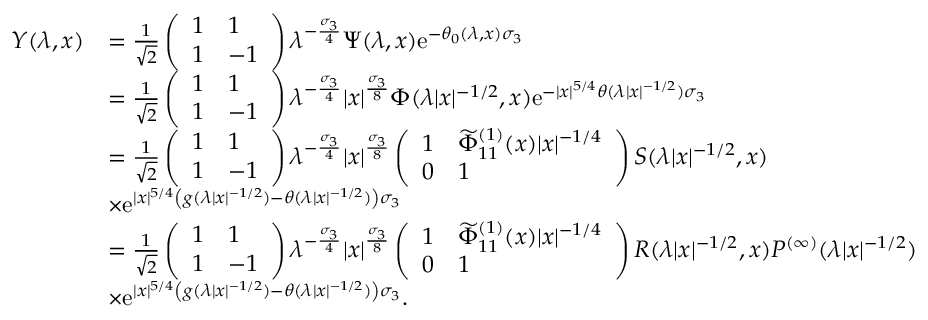
\begin{array} { r l } { Y ( \lambda , x ) } & { = \frac { 1 } { \sqrt { 2 } } \left( \begin{array} { l l } { 1 } & { 1 } \\ { 1 } & { - 1 } \end{array} \right) \lambda ^ { - \frac { \sigma _ { 3 } } { 4 } } \Psi ( \lambda , x ) \mathrm { e } ^ { - \theta _ { 0 } ( \lambda , x ) \sigma _ { 3 } } } \\ & { = \frac { 1 } { \sqrt { 2 } } \left( \begin{array} { l l } { 1 } & { 1 } \\ { 1 } & { - 1 } \end{array} \right) \lambda ^ { - \frac { \sigma _ { 3 } } { 4 } } | x | ^ { \frac { \sigma _ { 3 } } { 8 } } \Phi ( \lambda | x | ^ { - 1 / 2 } , x ) \mathrm { e } ^ { - | x | ^ { 5 / 4 } \theta ( \lambda | x | ^ { - 1 / 2 } ) \sigma _ { 3 } } } \\ & { = \frac { 1 } { \sqrt { 2 } } \left( \begin{array} { l l } { 1 } & { 1 } \\ { 1 } & { - 1 } \end{array} \right) \lambda ^ { - \frac { \sigma _ { 3 } } { 4 } } | x | ^ { \frac { \sigma _ { 3 } } { 8 } } \left( \begin{array} { l l } { 1 } & { \widetilde { \Phi } _ { 1 1 } ^ { ( 1 ) } ( x ) | x | ^ { - 1 / 4 } } \\ { 0 } & { 1 } \end{array} \right) S ( \lambda | x | ^ { - 1 / 2 } , x ) } \\ & { \times \mathrm { e } ^ { | x | ^ { 5 / 4 } \left( g ( \lambda | x | ^ { - 1 / 2 } ) - \theta ( \lambda | x | ^ { - 1 / 2 } ) \right) \sigma _ { 3 } } } \\ & { = \frac { 1 } { \sqrt { 2 } } \left( \begin{array} { l l } { 1 } & { 1 } \\ { 1 } & { - 1 } \end{array} \right) \lambda ^ { - \frac { \sigma _ { 3 } } { 4 } } | x | ^ { \frac { \sigma _ { 3 } } { 8 } } \left( \begin{array} { l l } { 1 } & { \widetilde { \Phi } _ { 1 1 } ^ { ( 1 ) } ( x ) | x | ^ { - 1 / 4 } } \\ { 0 } & { 1 } \end{array} \right) R ( \lambda | x | ^ { - 1 / 2 } , x ) P ^ { ( \infty ) } ( \lambda | x | ^ { - 1 / 2 } ) } \\ & { \times \mathrm { e } ^ { | x | ^ { 5 / 4 } \left( g ( \lambda | x | ^ { - 1 / 2 } ) - \theta ( \lambda | x | ^ { - 1 / 2 } ) \right) \sigma _ { 3 } } . } \end{array}